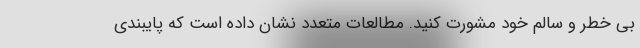
بی خطر و سالم خود مشورت کنید. مطالعات متعدد نشان داده است که پایبندی